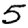
Digit: 5